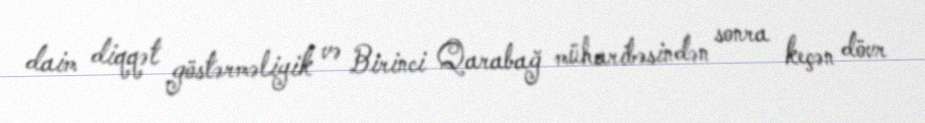
daim diqqət göstərməliyik və Birinci Qarabağ müharibəsindən sonra keçən dövr